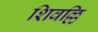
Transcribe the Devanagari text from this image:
शिवल्लि